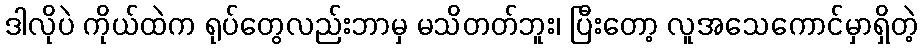
ဒါလိုပဲ ကိုယ်ထဲက ရုပ်တွေလည်းဘာမှ မသိတတ်ဘူး၊ ပြီးတော့ လူအသေကောင်မှာရှိတဲ့